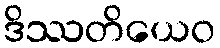
ဒိဿတိယေဝ